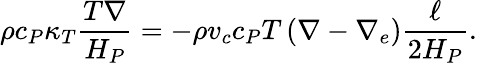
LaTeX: \rho c_{P}\kappa_{T}{\frac{T\nabla}{H_{P}}}=-\rho v_{c}c_{P}T\left(\nabla-\nabla_{e}\right){\frac{\ell}{2H_{P}}}.